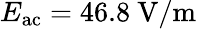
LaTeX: E_{\mathrm{ac}}=46.8~\mathrm{V/m}